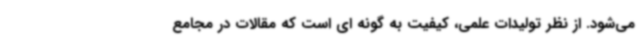
می‌شود. از نظر تولیدات علمی، کیفیت به گونه ای است که مقالات در مجامع